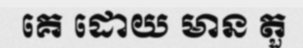
គេ ដោយ មាន តួ